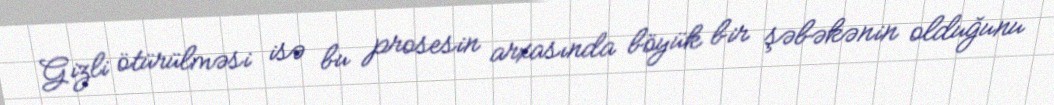
Gizli ötürülməsi isə bu prosesin arxasında böyük bir şəbəkənin olduğunu